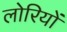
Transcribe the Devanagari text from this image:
लोरियों